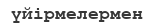
үйірмелермен